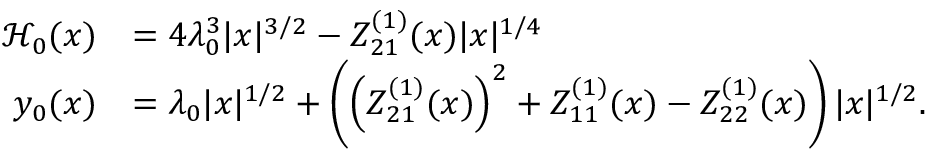
\begin{array} { r l } { \mathcal { H } _ { 0 } ( x ) } & { = 4 \lambda _ { 0 } ^ { 3 } | x | ^ { 3 / 2 } - Z _ { 2 1 } ^ { ( 1 ) } ( x ) | x | ^ { 1 / 4 } } \\ { y _ { 0 } ( x ) } & { = \lambda _ { 0 } | x | ^ { 1 / 2 } + \left( \left( Z _ { 2 1 } ^ { ( 1 ) } ( x ) \right) ^ { 2 } + Z _ { 1 1 } ^ { ( 1 ) } ( x ) - Z _ { 2 2 } ^ { ( 1 ) } ( x ) \right) | x | ^ { 1 / 2 } . } \end{array}